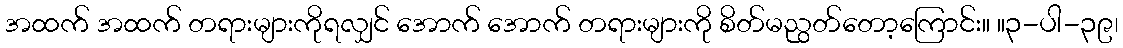
အထက် အထက် တရားများကိုရလျှင် အောက် အောက် တရားများကို စိတ်မညွတ်တော့ကြောင်း။ ။၃-ပါ-၃၉၊